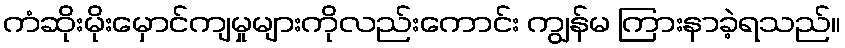
ကံဆိုးမိုးမှောင်ကျမှုများကိုလည်းကောင်း ကျွန်မ ကြားနာခဲ့ရသည်။